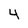
Character: 4